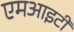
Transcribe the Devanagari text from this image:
एमआइटी